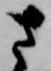
さ